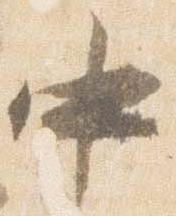
中